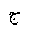
Letter: _gim